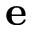
\mathbf { e }